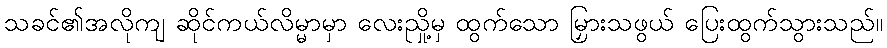
သခင်၏အလိုကျ ဆိုင်ကယ်လိမ္မာမှာ လေးညှို့မှ ထွက်သော မြှားသဖွယ် ပြေးထွက်သွားသည်။